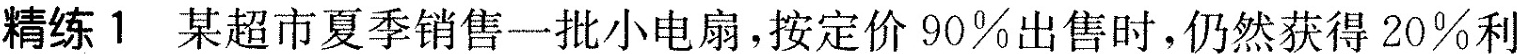
精练1 某超市夏季销售一批小电扇，按定价90%出售时，仍然获得20%利